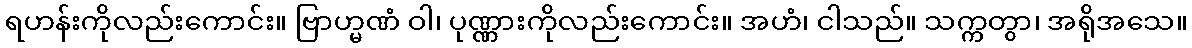
ရဟန်းကိုလည်းကောင်း။ ဗြာဟ္မဏံ ဝါ၊ ပုဏ္ဏားကိုလည်းကောင်း။ အဟံ၊ ငါသည်။ သက္ကတွာ၊ အရိုအသေ။